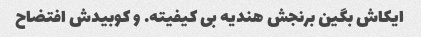
ایکاش بگین برنجش هندیه بی کیفیته. و کوبیدش افتضاح